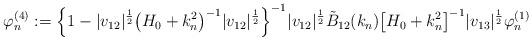
LaTeX: \begin{align*} \varphi^{(4)}_n := \Bigl\{1- |v_{12}|^{\frac 12} \bigl(H_0 +k_n^2\bigr)^{-1}|v_{12}|^{\frac 12} \Bigr\}^{-1}|v_{12}|^{\frac 12} \tilde B_{12} (k_n) \bigl[H_0 + k_n^2\bigr]^{-1}|v_{13}|^{\frac 12}\varphi^{(1)}_n \end{align*}